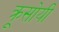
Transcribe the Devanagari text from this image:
क्रूसोयी